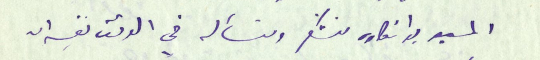
المسيو بوانكاره نشكر ونسأله في الوقت نفسه ان